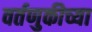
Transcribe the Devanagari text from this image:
वर्तणुकीच्या